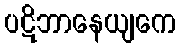
ပဋိဘာနေယျကေ